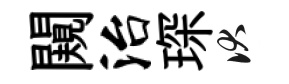
闚治琛伏